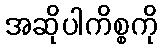
အဆိုပါကိစ္စကို